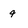
Character: q